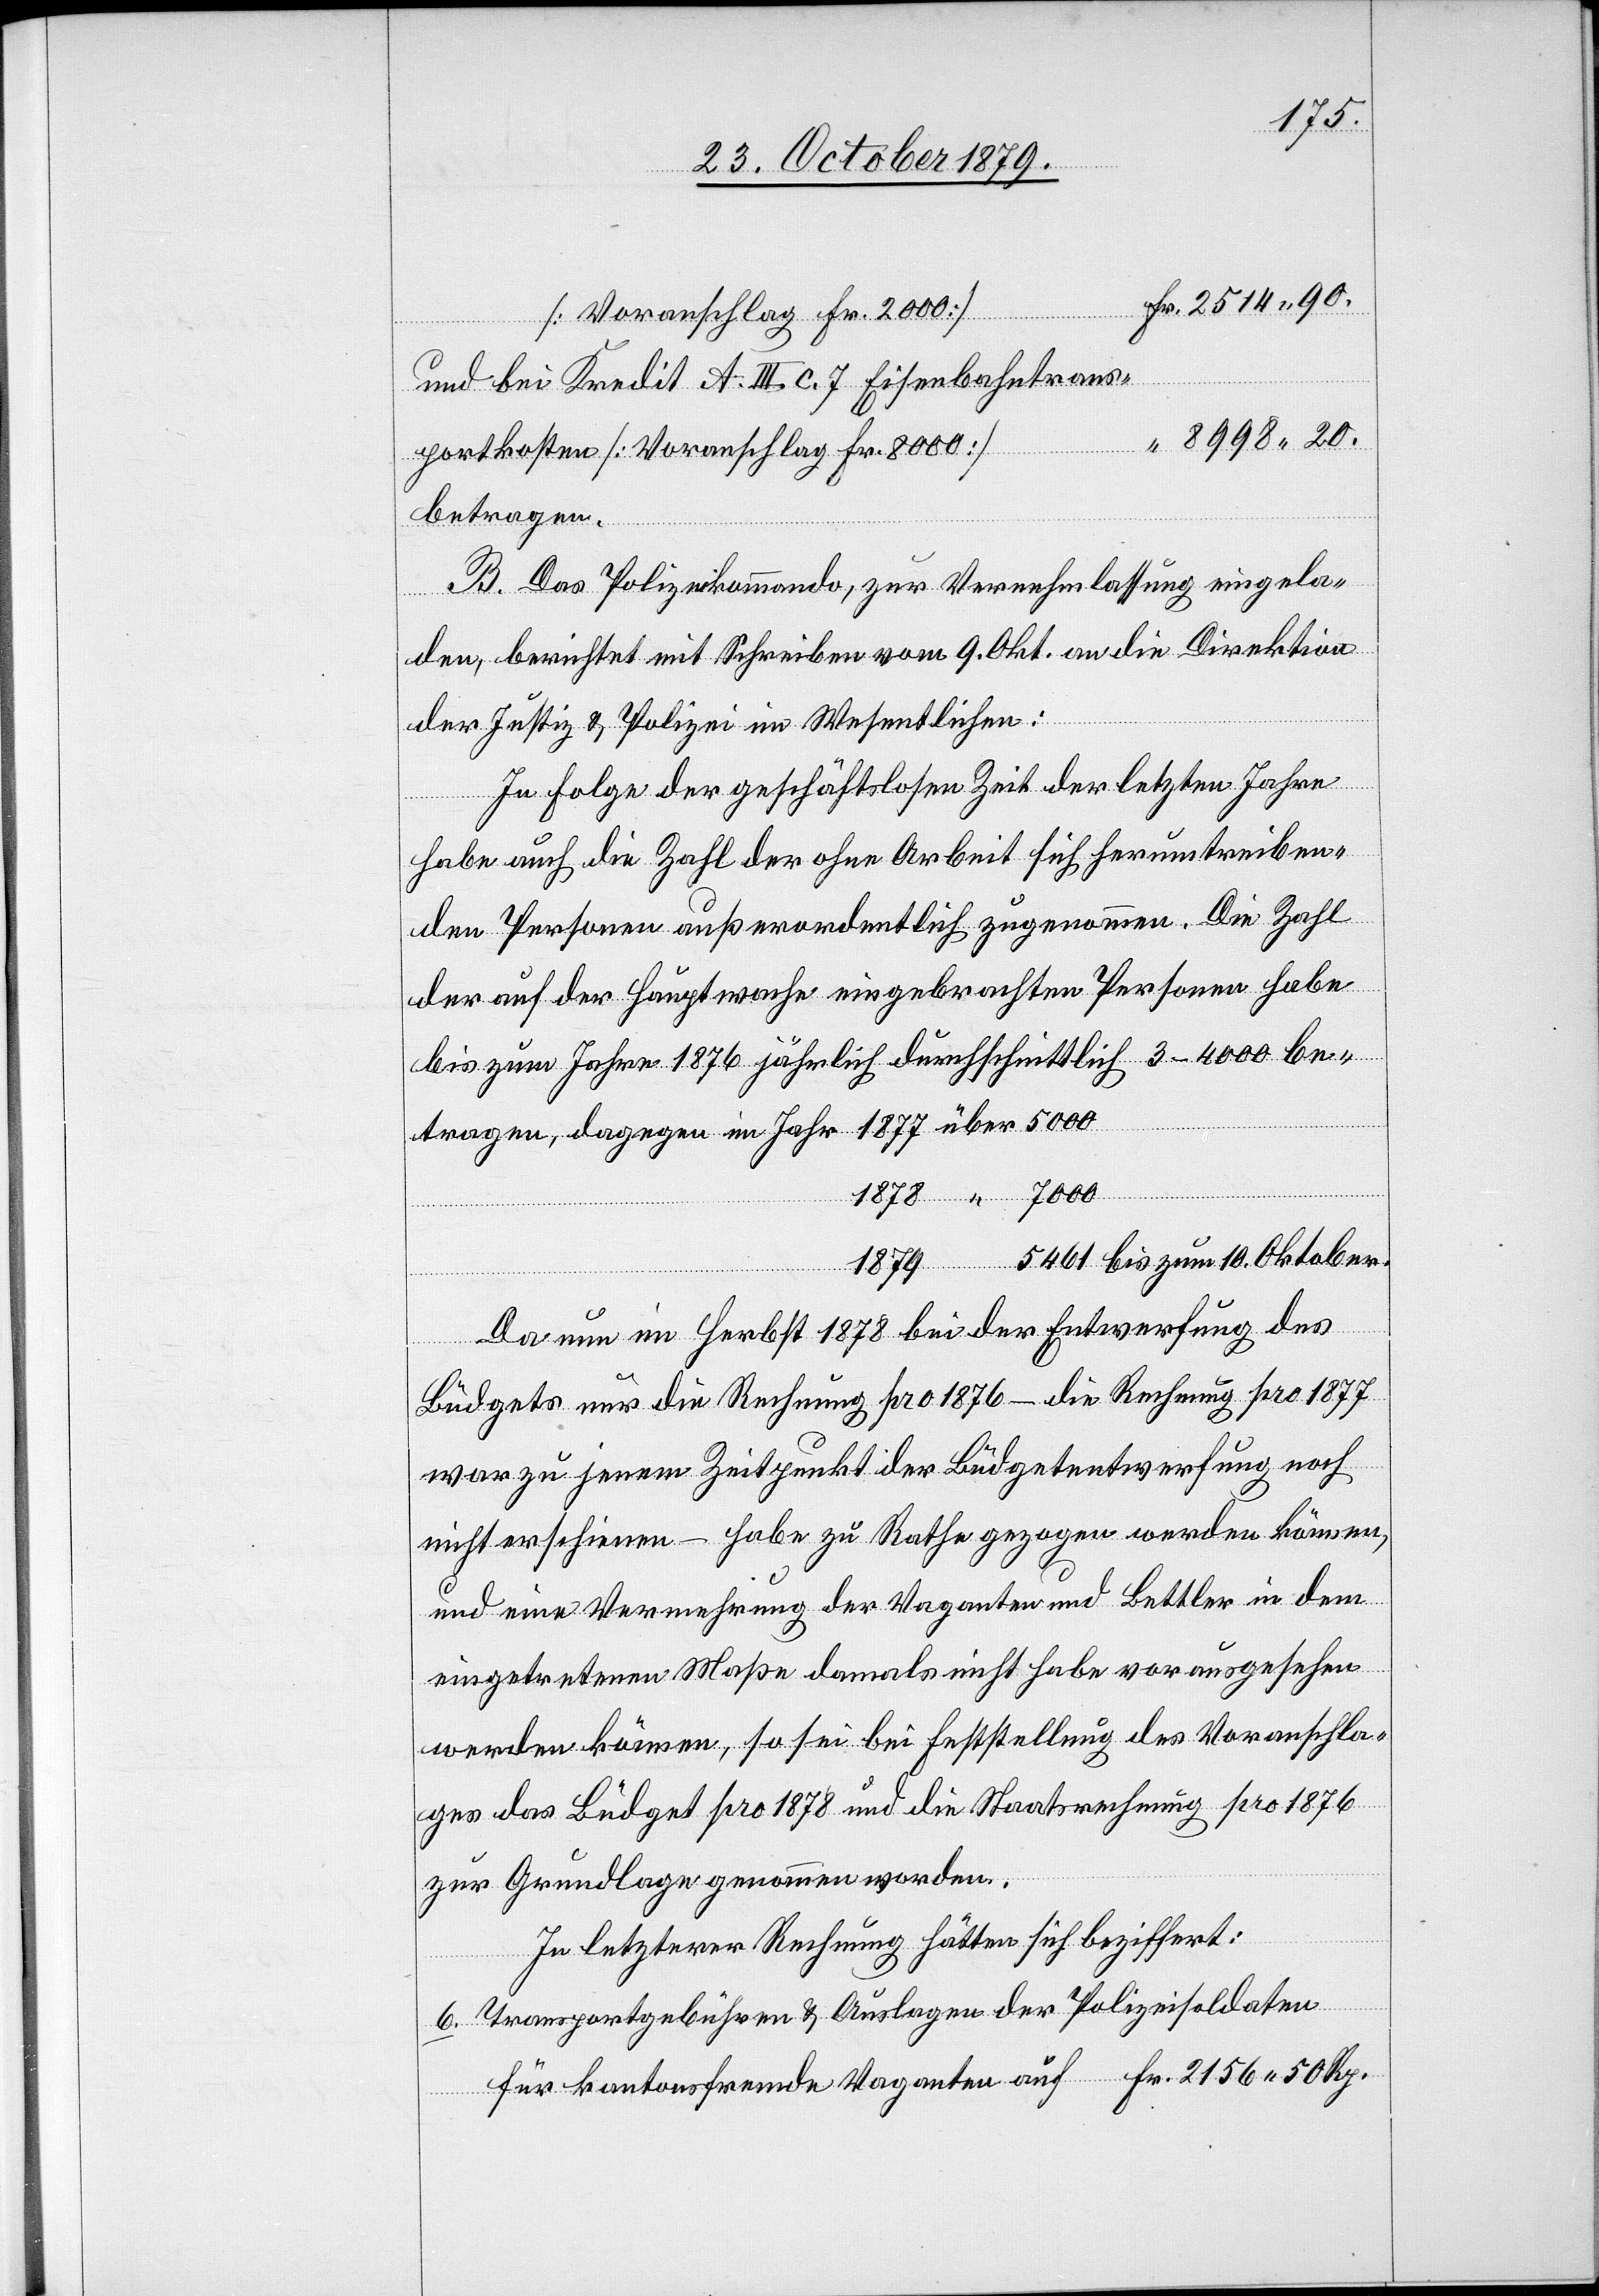
und bei Kredit A. III. c. 7 Eisenbahntrans¬
“ 8998 20.
portkosten [Voranschlag Fr. 8000]
betragen.
B. Das Polizeikommando, zur Vernehmlassung eingela¬
den, berichtet mit Schreiben vom 9. Okt. an die Direktion
der Justiz & Polizei im Wesentlichen:
In Folge der geschäftslosen Zeit der letzten Jahre
habe auch die Zahl der ohne Arbeit sich herumtreiben¬
den Personen außerordentlich zugenommen. Die Zahl
der auf der Hauptwache eingebrachten Personen habe
bis zum Jahre 1876 jährlich durchschnittlich 3–4000 be¬
tragen, dagegen im Jahr 1877 über 5000
Rp.
1878 “ 7000
1879 5461 bis zum 10. Oktober.
Da nun im Herbst 1878 bei der Entwerfung des
50
Büdgets nur die Rechnung pro 1876 – die Rechnung 1877
war zu jenem Zeitpunkt der Büdgetentwerfung noch
nicht erschienen – habe zu Rathe gezogen werden können,
und eine Vermehrung der Vaganten und Bettler in dem
eingetretenen Maße damals nicht habe vorausgesehen
werden können, so sei bei Feststellung des Voranschla¬
ges das Büdget pro 1878 und die Staatsrechnung pro 1876
zur Grundlage genommen worden.
In letzterer Rechnung hätten sich beziffert:
Transportgebühren & Auslagen der Polizeisoldaten